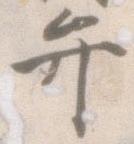
弁